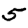
Digit: 5